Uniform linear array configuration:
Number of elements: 64
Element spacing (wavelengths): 0.5
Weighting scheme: hann
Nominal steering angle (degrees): -60
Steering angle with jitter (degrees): -60.945
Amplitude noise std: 0.05
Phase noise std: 0.05

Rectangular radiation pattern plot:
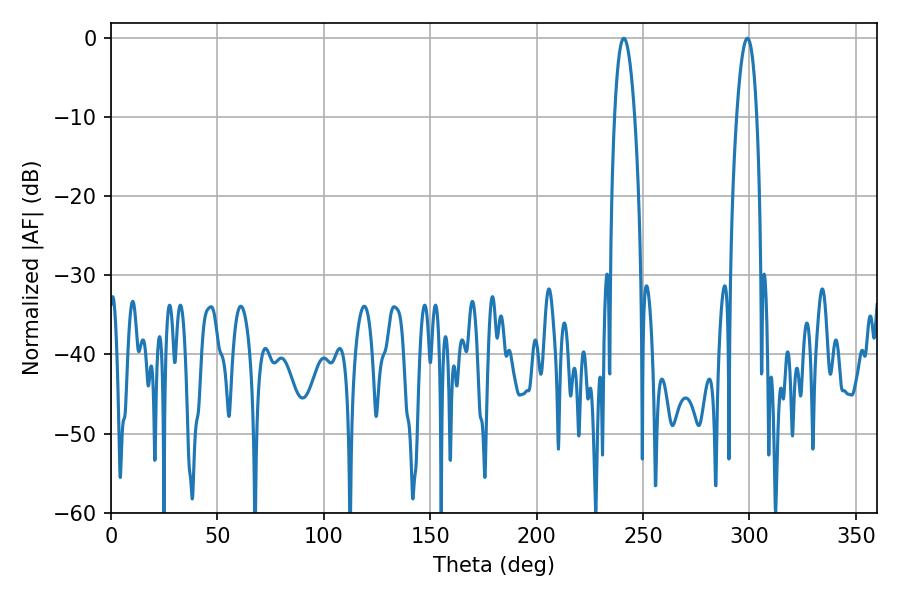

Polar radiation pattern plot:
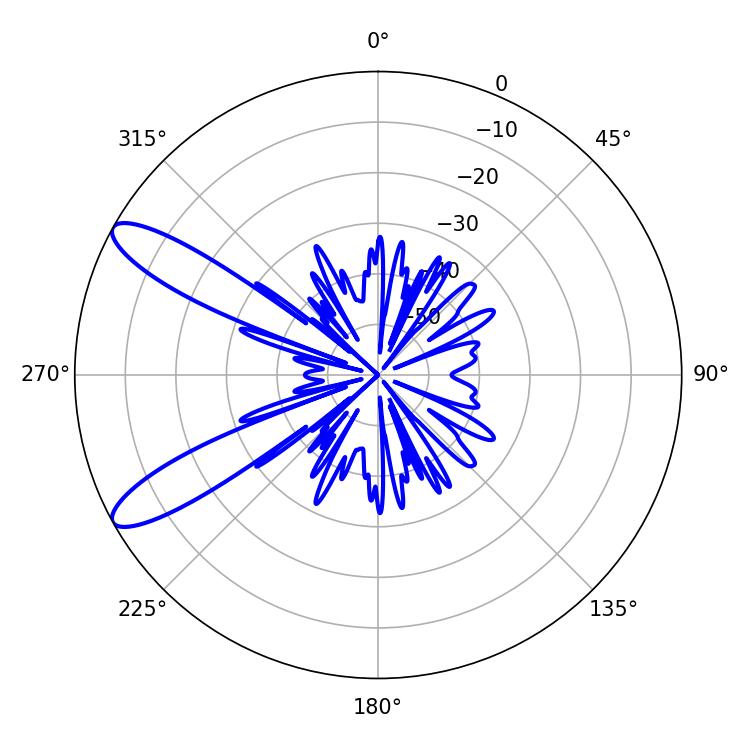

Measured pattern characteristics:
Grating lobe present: FALSE
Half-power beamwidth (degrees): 5.22
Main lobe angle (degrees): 298.98